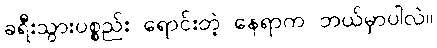
ခရီးသွားပစ္စည်း ရောင်းတဲ့ နေရာက ဘယ်မှာပါလဲ။